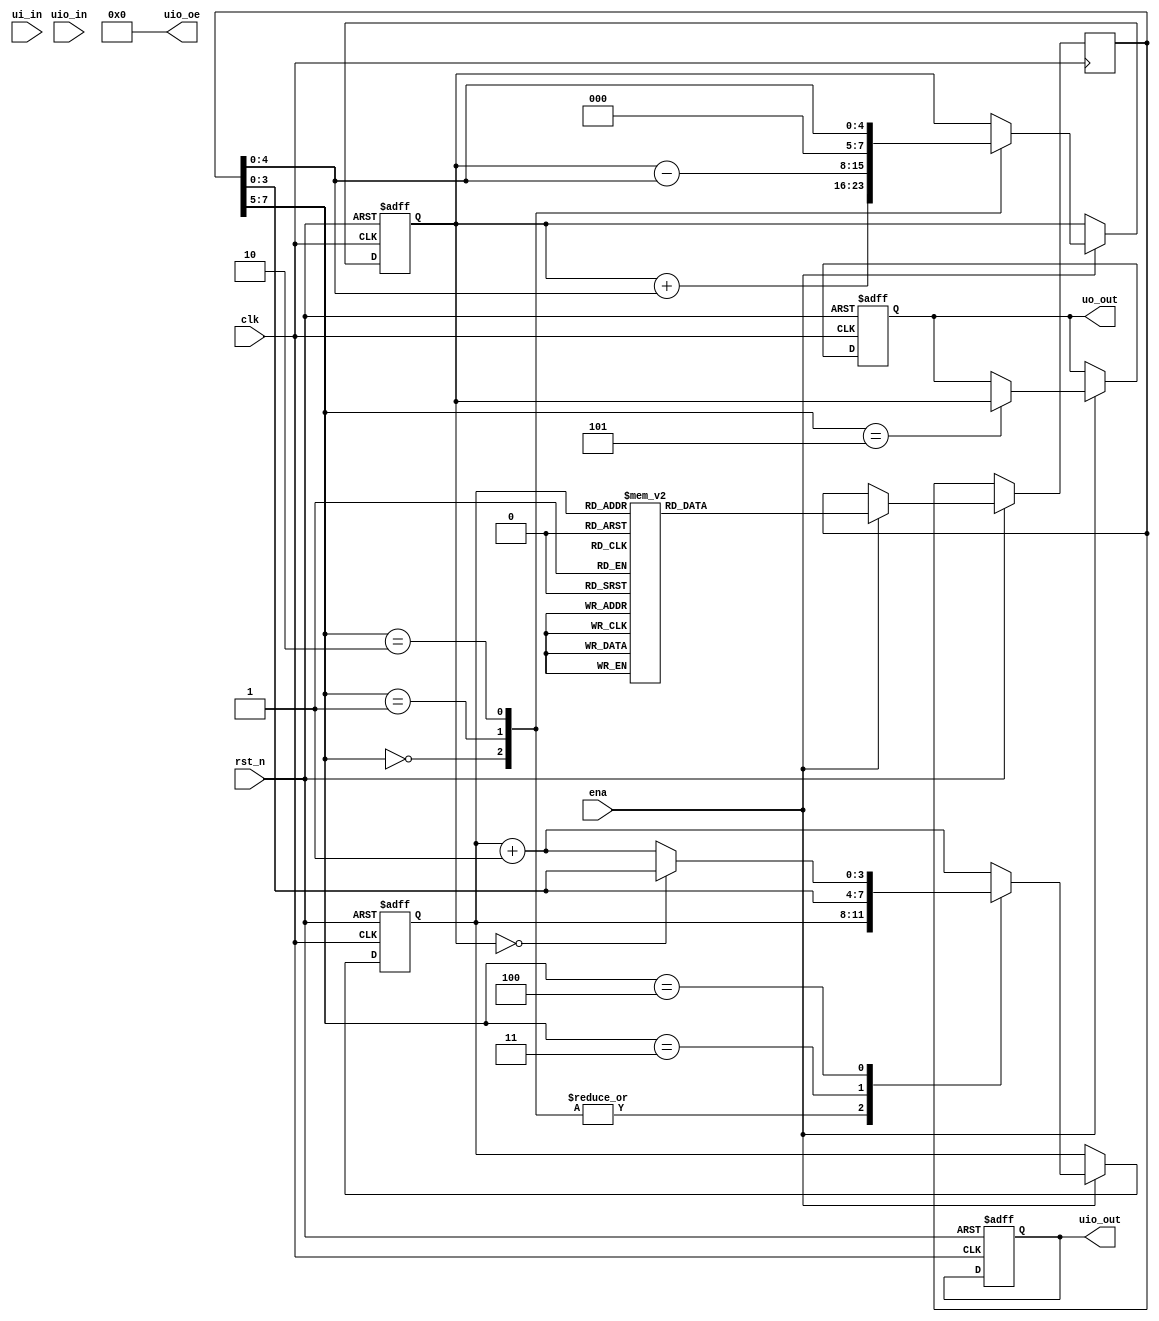
   
`timescale 1ns / 1ps
`default_nettype none

module tt_um_tinycore #(parameter MAX_COUNT = 24'd10_000_000)(
    input  wire [7:0] ui_in,    // Dedicated inputs
    output reg  [7:0] uo_out,   // Dedicated outputs
    input  wire [7:0] uio_in,   // IOs: Bidirectional Input path
    output reg  [7:0] uio_out,  // IOs: Bidirectional Output path
    output wire [7:0] uio_oe,   // IOs: Bidirectional Enable path
    input  wire       ena,      // Enable signal
    input  wire       clk,      // Clock
    input  wire       rst_n     // Reset (active low)
);

    // Define some opcodes for our custom ISA
    localparam [2:0]
        OP_ADD = 3'b000,
        OP_SUB = 3'b001,
        OP_LDI = 3'b010, // Load Immediate
        OP_JMP = 3'b011, // Unconditional Jump
        OP_BEQ = 3'b100, // Branch if Equal
        OP_STR = 3'b101; // Store to output

    // Disable bidirectional IO by setting the output enable to zero
    assign uio_oe = 8'b00000000;

    // Instruction memory: opcode (3 bits) + operand (5 bits)
    reg [7:0] instruction_memory[0:15]; // 16 instructions max for simplicity

    // Initialize instruction memory with some predefined instructions
    initial begin
        instruction_memory[0] = {OP_LDI, 5'b00001}; // Load 1 into ACC
        instruction_memory[1] = {OP_ADD, 5'b00010}; // Add 2 to ACC
        instruction_memory[2] = {OP_SUB, 5'b00001}; // Subtract 1 from ACC
        instruction_memory[3] = {OP_BEQ, 5'b00010}; // Branch to instruction 2 if ACC is zero
        instruction_memory[4] = {OP_STR, 5'b00000}; // Store ACC to output
        instruction_memory[5] = {OP_JMP, 5'b00000}; // Jump to instruction 0
    end

    reg [7:0] acc; // Accumulator for arithmetic operations
    reg [3:0] pc;  // Program Counter
    reg [7:0] instruction_register; // Instruction Register

    always @(posedge clk or negedge rst_n) begin
        if (!rst_n) begin
            // Reset the processor state
            pc <= 0;
            acc <= 0;
            uo_out <= 0;
            uio_out <= 0;
        end else if (ena) begin
            // Fetch instruction
            instruction_register <= instruction_memory[pc];

            // Decode instruction
            case (instruction_register[7:5])
                OP_ADD: begin
                    acc <= acc + instruction_register[4:0];
                end
                OP_SUB: begin
                    acc <= acc - instruction_register[4:0];
                end
                OP_LDI: begin
                    acc <= instruction_register[4:0];
                end
                OP_JMP: begin
                    pc <= instruction_register[4:0];
                end
                OP_BEQ: begin
                    if (acc == 0) pc <= instruction_register[4:0];
                    else pc <= pc + 1;
                end
                OP_STR: begin
                    uo_out <= acc;
                    pc <= pc + 1;
                end
                default: begin
                    pc <= pc + 1; // Move to next instruction
                end
            endcase
        end
    end

endmodule